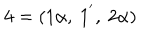
{ \bf 4 } = ( 1 \alpha , ~ 1 ^ { ^ { \prime } } , ~ 2 \alpha )